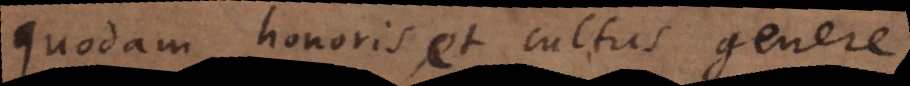
quodam honoris, et cultus genere